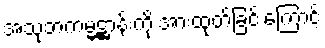
အသုဘကမ္မဋ္ဌာန်းကို အားထုတ်ခြင်းကြောင့်